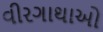
વીરગાથાઓ